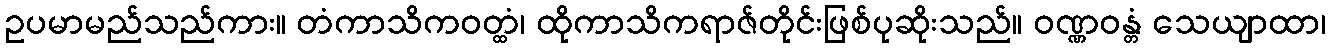
ဥပမာမည်သည်ကား။ တံကာသိကဝတ္ထံ၊ ထိုကာသိကရာဇ်တိုင်းဖြစ်ပုဆိုးသည်။ ဝဏ္ဏဝန္တံ သေယျာထာ၊